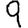
Digit: 9